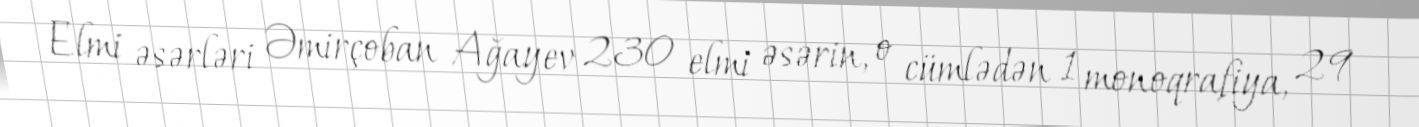
Elmi əsərləri Əmirçoban Ağayev 230 elmi əsərin, o cümlədən 1 monoqrafiya, 29